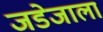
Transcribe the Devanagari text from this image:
जडेजाला